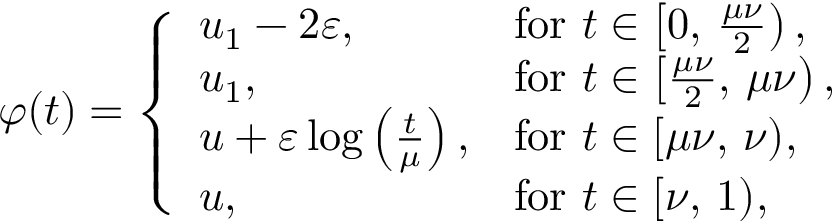
\varphi ( t ) = \left\{ \begin{array} { l l } { u _ { 1 } - 2 \varepsilon , } & { \mathrm { f o r ~ } t \in \left[ 0 , \, \frac { \mu \nu } { 2 } \right) , } \\ { u _ { 1 } , } & { \mathrm { f o r ~ } t \in \left[ \frac { \mu \nu } { 2 } , \, \mu \nu \right) , } \\ { u + \varepsilon \log \left( \frac { t } { \mu } \right) , } & { \mathrm { f o r ~ } t \in [ \mu \nu , \, \nu ) , } \\ { u , } & { \mathrm { f o r ~ } t \in [ \nu , \, 1 ) , } \end{array} \right.